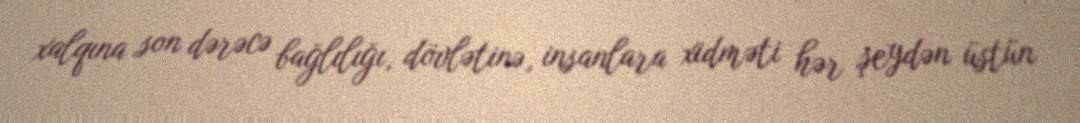
xalqına son dərəcə bağlılığı, dövlətinə, insanlara xidməti hər şeydən üstün